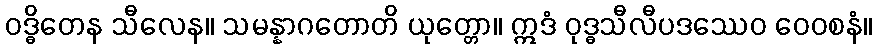
ဝဒ္ဓိတေန သီလေန။ သမန္နာဂတောတိ ယုတ္တော။ ဣဒံ ဝုဒ္ဓသီလီပဒဿေဝ ဝေဝစနံ။